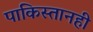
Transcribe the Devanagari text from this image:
पाकिस्तानही